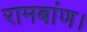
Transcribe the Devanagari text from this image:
रामबांण।